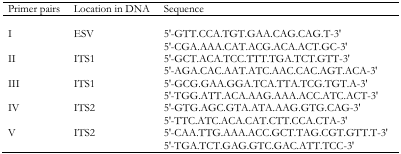
| Primer pairs | Location in DNA | Sequence |
 | --- | --- | --- |
 | I | ESV | 5’-GTT.CCA.TGT.GAA.CAG.CAG.T-3’ |
 |  |  | 5’-CGA.AAA.CAT.ACG.ACA.ACT.GC-3’ |
 | II | ITS1 | 5’-GCT.ACA.TCC.TTT.TGA.TCT.GTT-3’ |
 |  |  | 5’-AGA.CAC.AAT.ATC.AAC.CAC.AGT.ACA-3’ |
 | III | ITS1 | 5’-GCG.GAA.GGA.TCA.TTA.TCG.TGT.A-3’ |
 |  |  | 5’-TGG.ATT.ACA.AAG.AAA.ACC.ATC.ACT-3’ |
 | IV | ITS2 | 5’-GTG.AGC.GTA.ATA.AAG.GTG.CAG-3’ |
 |  |  | 5’-TTC.ATC.ACA.CAT.CTT.CCA.CTA-3’ |
 | V | ITS2 | 5’-CAA.TTG.AAA.ACC.GCT.TAG.CGT.GTT.T-3’ |
 |  |  | 5’-TGA.TCT.GAG.GTC.GAC.ATT.TCC-3’ |